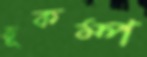
ভূকম্প